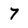
Character: 7